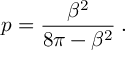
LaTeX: p = \displaystyle \frac { \beta ^ { 2 } } { 8 \pi - \beta ^ { 2 } } \: .